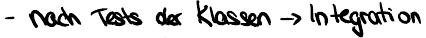
- nach Tests der Klassen -> Integration